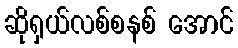
ဆိုရှယ်လစ်စနစ် အောင်